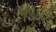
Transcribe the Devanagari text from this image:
नैर्ऋत